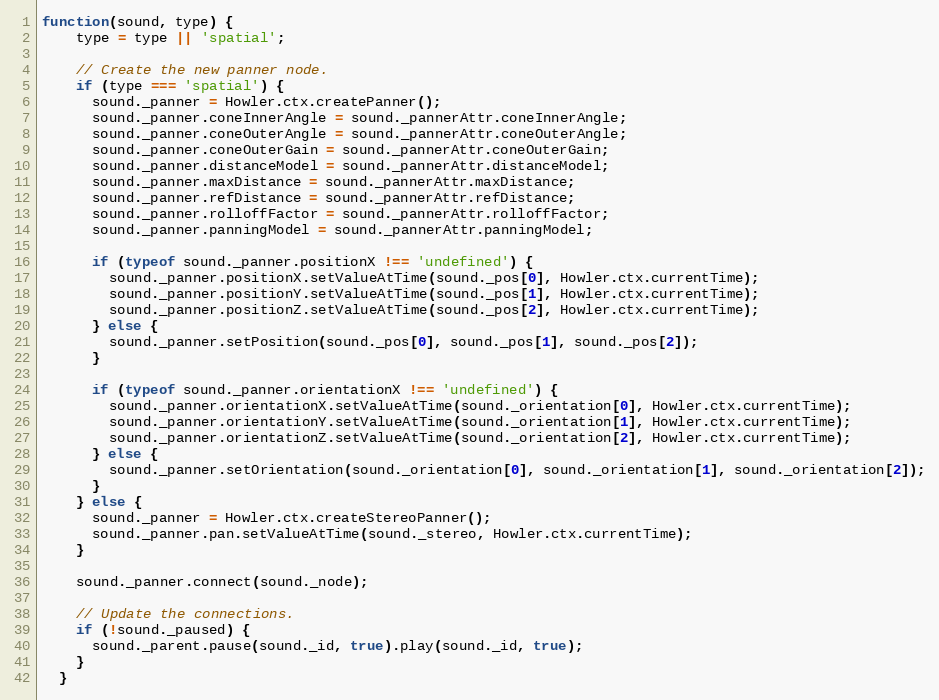
Language: JavaScript
function(sound, type) {
    type = type || 'spatial';

    // Create the new panner node.
    if (type === 'spatial') {
      sound._panner = Howler.ctx.createPanner();
      sound._panner.coneInnerAngle = sound._pannerAttr.coneInnerAngle;
      sound._panner.coneOuterAngle = sound._pannerAttr.coneOuterAngle;
      sound._panner.coneOuterGain = sound._pannerAttr.coneOuterGain;
      sound._panner.distanceModel = sound._pannerAttr.distanceModel;
      sound._panner.maxDistance = sound._pannerAttr.maxDistance;
      sound._panner.refDistance = sound._pannerAttr.refDistance;
      sound._panner.rolloffFactor = sound._pannerAttr.rolloffFactor;
      sound._panner.panningModel = sound._pannerAttr.panningModel;

      if (typeof sound._panner.positionX !== 'undefined') {
        sound._panner.positionX.setValueAtTime(sound._pos[0], Howler.ctx.currentTime);
        sound._panner.positionY.setValueAtTime(sound._pos[1], Howler.ctx.currentTime);
        sound._panner.positionZ.setValueAtTime(sound._pos[2], Howler.ctx.currentTime);
      } else {
        sound._panner.setPosition(sound._pos[0], sound._pos[1], sound._pos[2]);
      }

      if (typeof sound._panner.orientationX !== 'undefined') {
        sound._panner.orientationX.setValueAtTime(sound._orientation[0], Howler.ctx.currentTime);
        sound._panner.orientationY.setValueAtTime(sound._orientation[1], Howler.ctx.currentTime);
        sound._panner.orientationZ.setValueAtTime(sound._orientation[2], Howler.ctx.currentTime);
      } else {
        sound._panner.setOrientation(sound._orientation[0], sound._orientation[1], sound._orientation[2]);
      }
    } else {
      sound._panner = Howler.ctx.createStereoPanner();
      sound._panner.pan.setValueAtTime(sound._stereo, Howler.ctx.currentTime);
    }

    sound._panner.connect(sound._node);

    // Update the connections.
    if (!sound._paused) {
      sound._parent.pause(sound._id, true).play(sound._id, true);
    }
  }